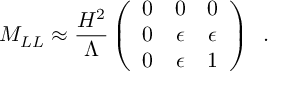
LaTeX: M _ { L L } \approx \frac { H ^ { 2 } } { \Lambda } \left( \begin{array} { c c c } { { 0 } } & { { 0 } } & { { 0 } } \\ { { 0 } } & { { \epsilon } } & { { \epsilon } } \\ { { 0 } } & { { \epsilon } } & { { 1 } } \end{array} \right) \, \, \, .